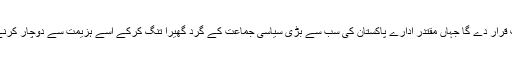
ایسے انتخابات کو بھلا کون شفاف قرار دے گا جہاں مقتدر ادارے پاکستان کی سب سے بڑی سیاسی جماعت کے گرد گھیرا تنگ کرکے اُسے ہزیمت سے دوچار کرنے کے لیے ہمہ وقت کوشاں ہوں ۔